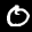
Label: 0